Rangoon Lunatic Asylum 1878-1892 - 1878-1892
Year: 1878
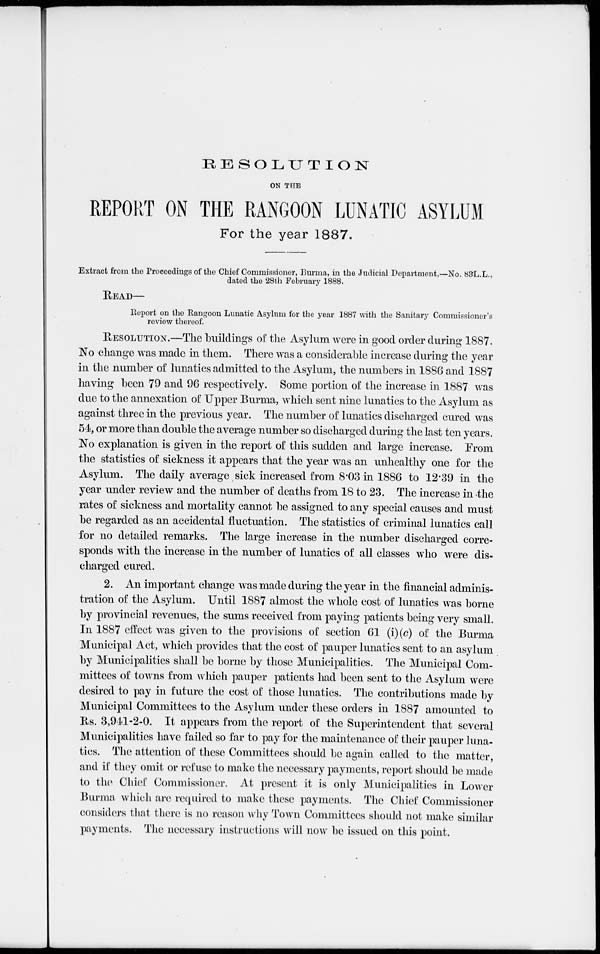
RESOLUTION
ON THE
REPORT ON THE RANGOON LUNATIC ASYLUM
For the year 1887.
Extract from the Proceedings of the Chief Commissioner, Burma, in the Judicial Department,—No. 83L.L.,
dated the 28th February 1888.
READ—
Report on the Rangoon Lunatic Asylum for the year 1887 with the Sanitary Commissioner's
review thereof.
RESOLUTION.—The buildings of the Asylum were in good order during 1887.
No change was made in them. There was a considerable increase during the year
in the number of lunatics admitted to the Asylum, the numbers in 1886 and 1887
having been 79 and 96 respectively. Some portion of the increase in 1887 was
due to the annexation of Upper Burma, which sent nine lunatics to the Asylum as
against three in the previous year. The number of lunatics discharged cured was
54, or more than double the average number so discharged during the last ten years.
No explanation is given in the report of this sudden and large increase. From
the statistics of sickness it appears that the year was an unhealthy one for the
Asylum. The daily average sick increased from 8.03 in 1886 to 12.39 in the
year under review and the number of deaths from 18 to 23. The increase in the
rates of sickness and mortality cannot be assigned to any special causes and must
be regarded as an accidental fluctuation. The statistics of criminal lunatics call
for no detailed remarks. The large increase in the number discharged corre-
sponds with the increase in the number of lunatics of all classes who were dis-
charged cured.
2. An important change was made during the year in the financial adminis-
tration of the Asylum. Until 1887 almost the whole cost of lunatics was borne
by provincial revenues, the sums received from paying patients being very small.
In 1887 effect was given to the provisions of section 61 (i)(c) of the Burma
Municipal Act, which provides that the cost of pauper lunatics sent to an asylum
by Municipalities shall be borne by those Municipalities. The Municipal Com-
mittees of towns from which pauper patients had been sent to the Asylum were
desired to pay in future the cost of those lunatics. The contributions made by
Municipal Committees to the Asylum under these orders in 1887 amounted to
Rs. 3,941-2-0. It appears from the report of the Superintendent that several
Municipalities have failed so far to pay for the maintenance of their pauper luna-
tics. The attention of these Committees should be again called to the matter,
and if they omit or refuse to make the necessary payments, report should be made
to the Chief Commissioner. At present it is only Municipalities in Lower
Burma which are required to make these payments. The Chief Commissioner
considers that there is no reason why Town Committees should not make similar
payments. The necessary instructions will now be issued on this point.